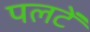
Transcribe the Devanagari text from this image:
पलटें